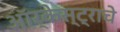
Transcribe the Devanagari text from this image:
ऑर्केस्ट्राचे